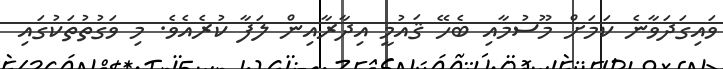
ވައިގަދަވާނެ ކަމަށް މޫސުމާއި ބެހޭ ޤައުމީ އިދާރާއިން ލަފާ ކުރެއެވެ. މި ވަގުތުތަކުގައި